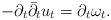
LaTeX: \begin{align*}-\partial_t\bar\partial_t u_t=\partial_t\omega_t.\end{align*}